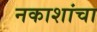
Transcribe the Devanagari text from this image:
नकाशांचा